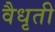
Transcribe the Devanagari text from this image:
वैधृती